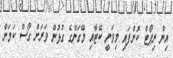
އިން ރިޕޯޓް ކޮށްފައި މިވަނީ ކޭޓާއި މޭގަންގެ ގުޅުން ވަރަށް ގޯސް ކަމަށް